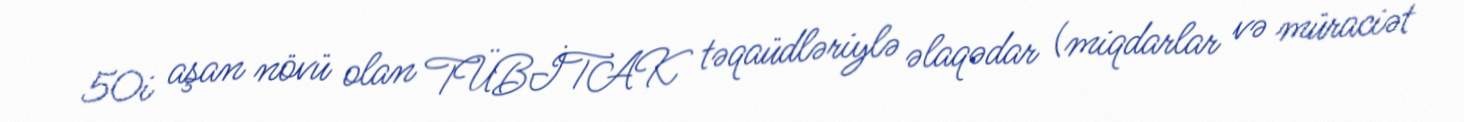
50i aşan növü olan TÜBİTAK təqaüdləriylə əlaqədar (miqdarlar və müraciət